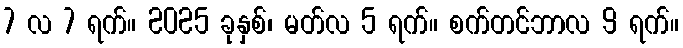
7 လ 7 ရက်။ 2025 ခုနှစ်၊ မတ်လ 5 ရက်။ စက်တင်ဘာလ 9 ရက်။